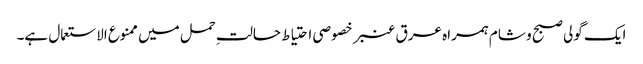
ایک گولی صبح و شام ہمراہ عرق عنبر خصوصی احتیاط حالتِ حمل میں ممنوع الاستعمال ہے۔